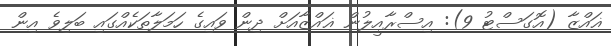
ޣައްޒާ (އޮގަސްޓު 9): އިސްރާއީލުން ޣައްޒާއަށް ދިން ވައިގެ ހަމަލާތަކެއްގައި ބަލިވެ އިން